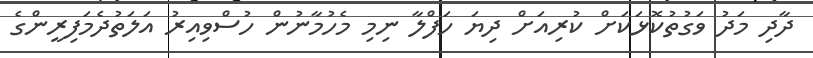
ދާދި މަދު ވަގުތުކޮޅަކަށް ކުރިއަށް ދިޔަ ހަފްލާ ނިމި މެހުމާނުން ހުސްވިއިރު އަލަތުދެމަފިރީންގެ